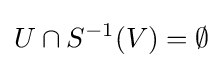
U\cap S^{-1}(V)=\emptyset